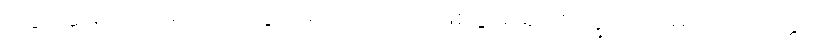
ဆေးဆရာတို့ မှတ်သားဖွယ်ရာ၊ သံဝေဂဖြစ်ဖွယ်ရာ စက္ခုပါလ မထေရ်ဝတ္ထု၊